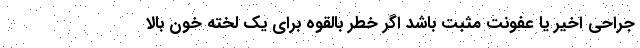
جراحی اخیر یا عفونت مثبت باشد اگر خطر بالقوه برای یک لخته خون بالا